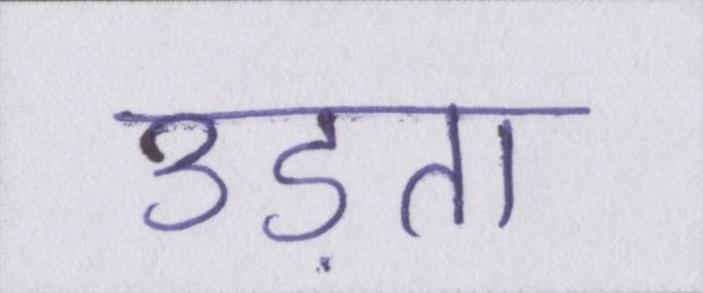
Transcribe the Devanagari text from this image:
उड़ता